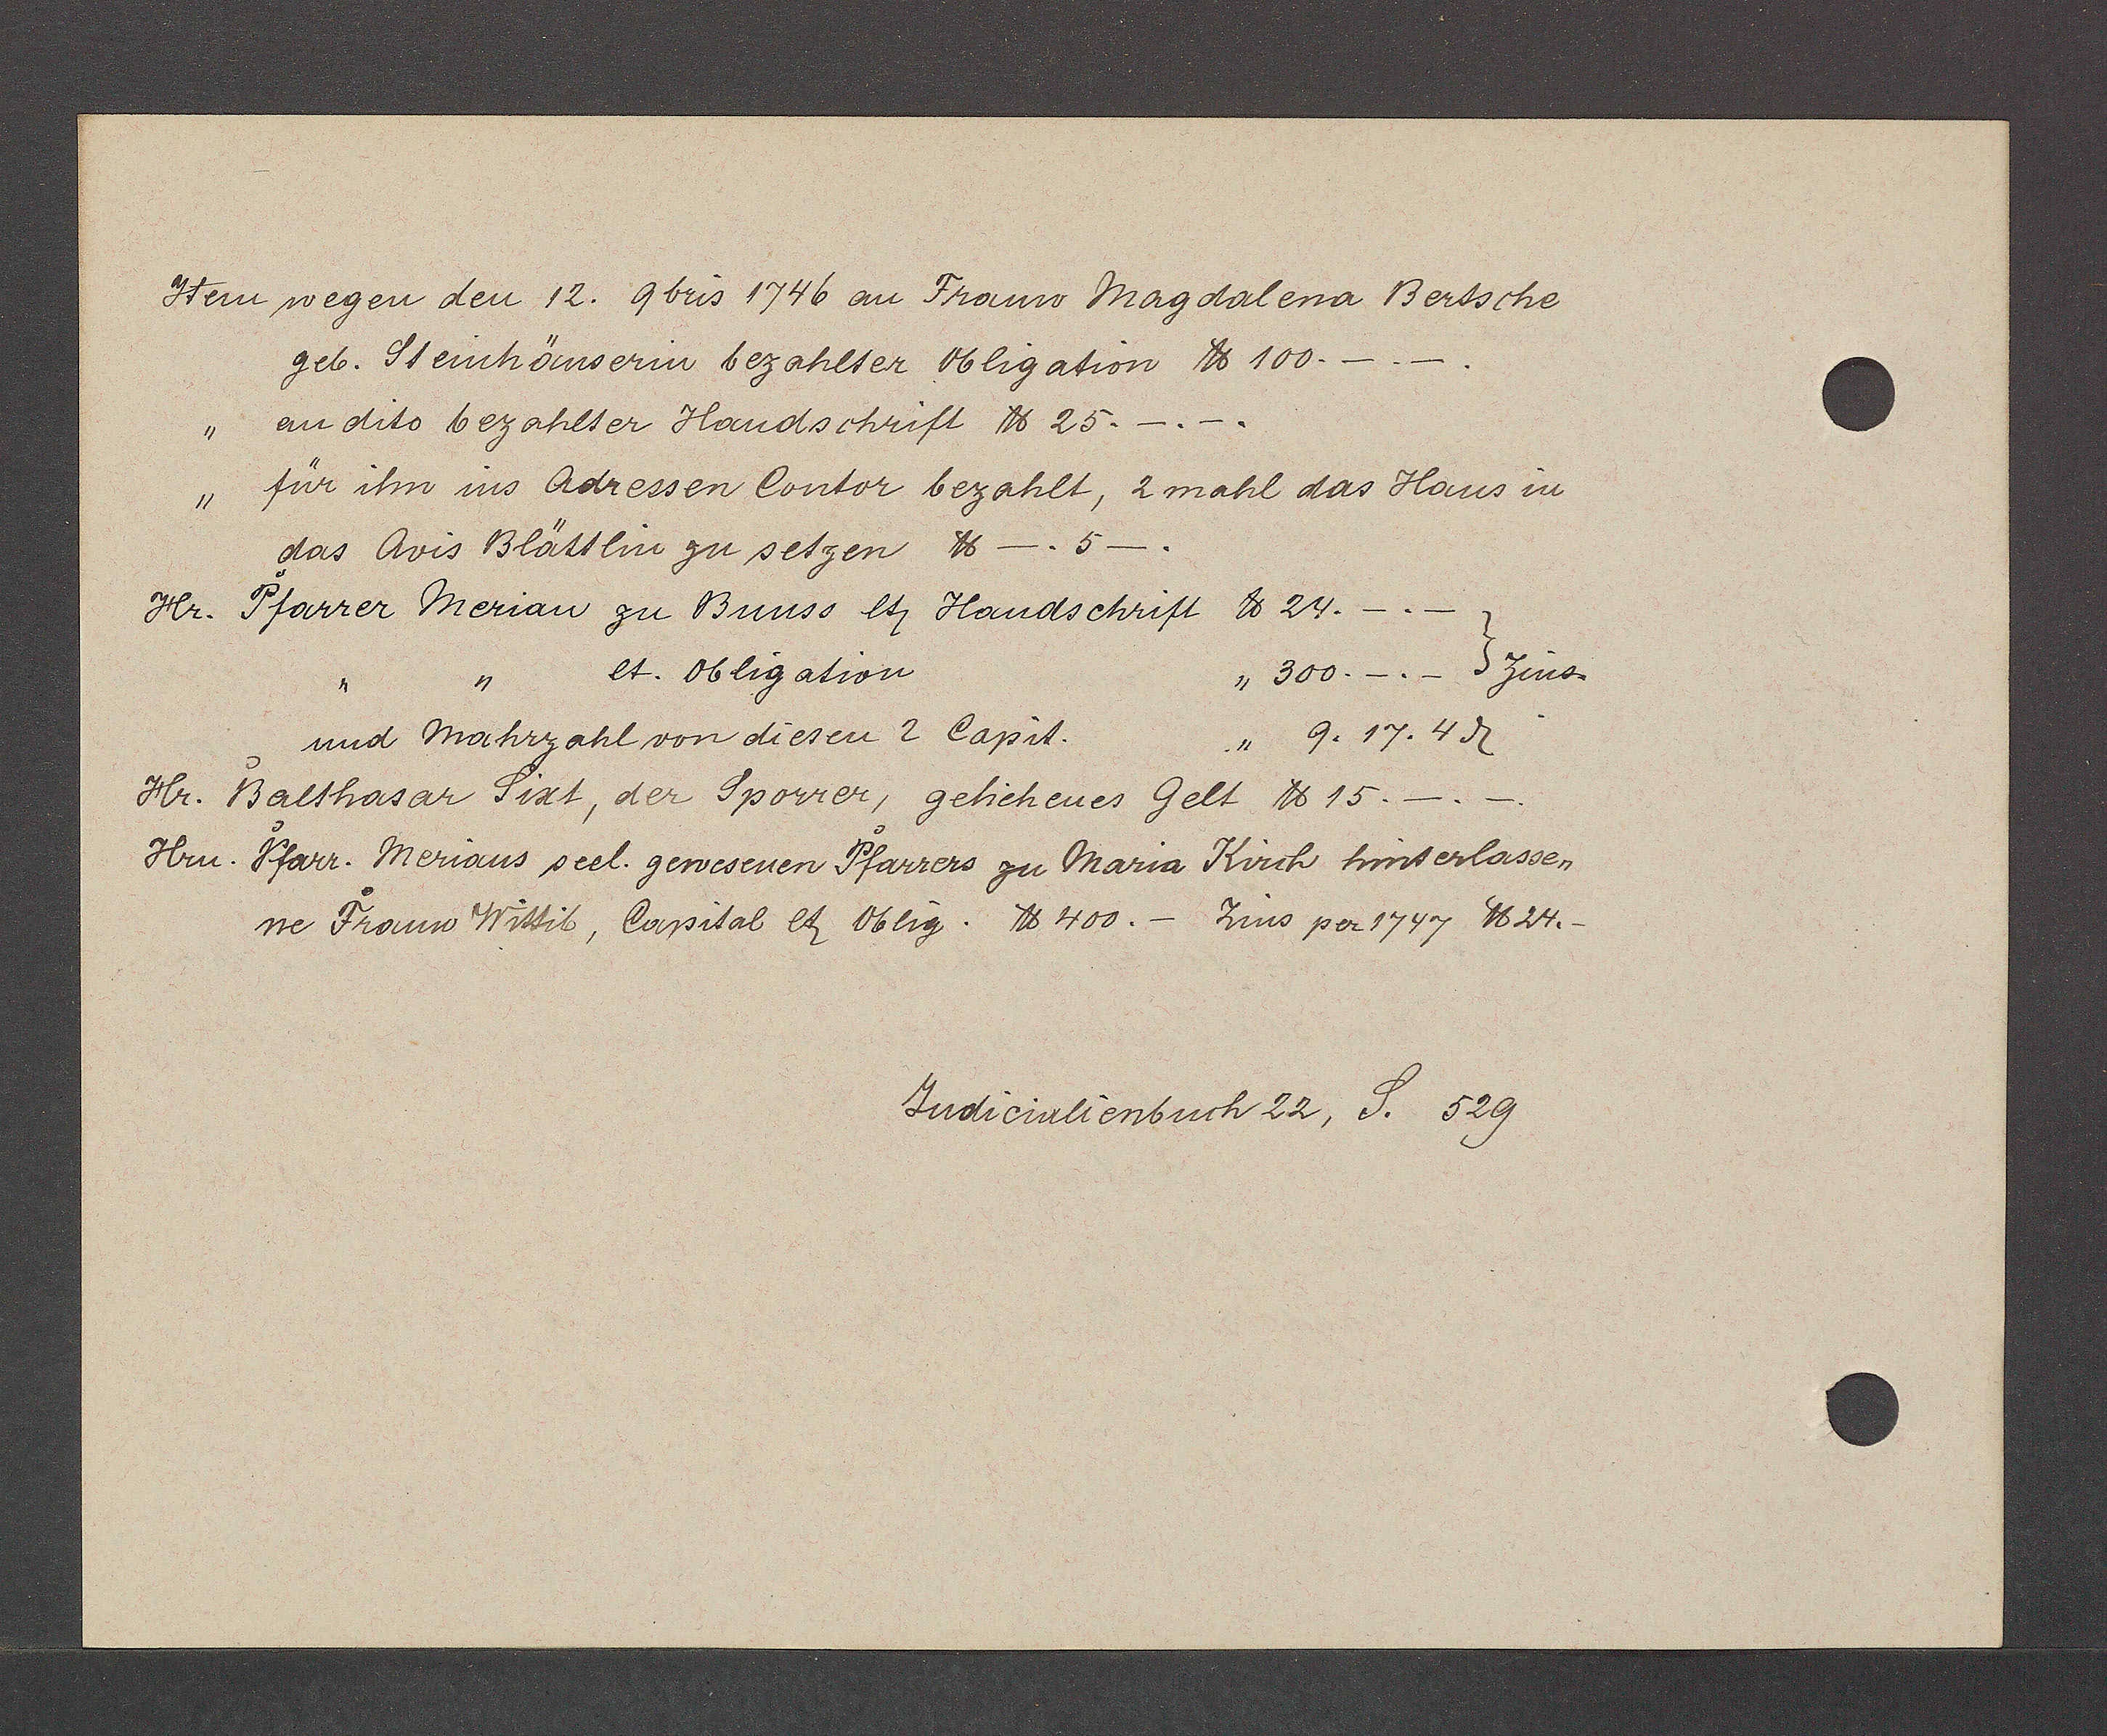
Transcript:
Item wegen den 12. Abris 1746 an Frauw Magdalena Bertsche
geb. Steinhäuserin bezahlter Obligation ℔ 100.-.-.
an dito bezahlter Handschrift ℔ 25.-.-.
"
für ihn ins Adressen Contor bezahlt, 2 mahl das Haus in
"
das Avis Blättlin zu setzen ℔ -.5-.
Pfarrer Merian zu Bunso lt Handschrift 2 24.
Hr.
Et. Obligation
"300.-.- } Zins
"
" 9. 17.4 ȡ
und Mahrzahl von diesen 2 Capit.
Hr. Balthasar Sixt, der Sporrer, geliehenes Gelt ℔ 15.-.-.
Hrn. Pfarr. Merians seel. gewesenen Pfarrers zu Maria Kirch hit hinterlassen
ne Frauw Wittib, Capital lȶ Oblig. ℔ 400. — Zins per 1747 ℔ 24.-
Judicialienbuch 22, S. 529